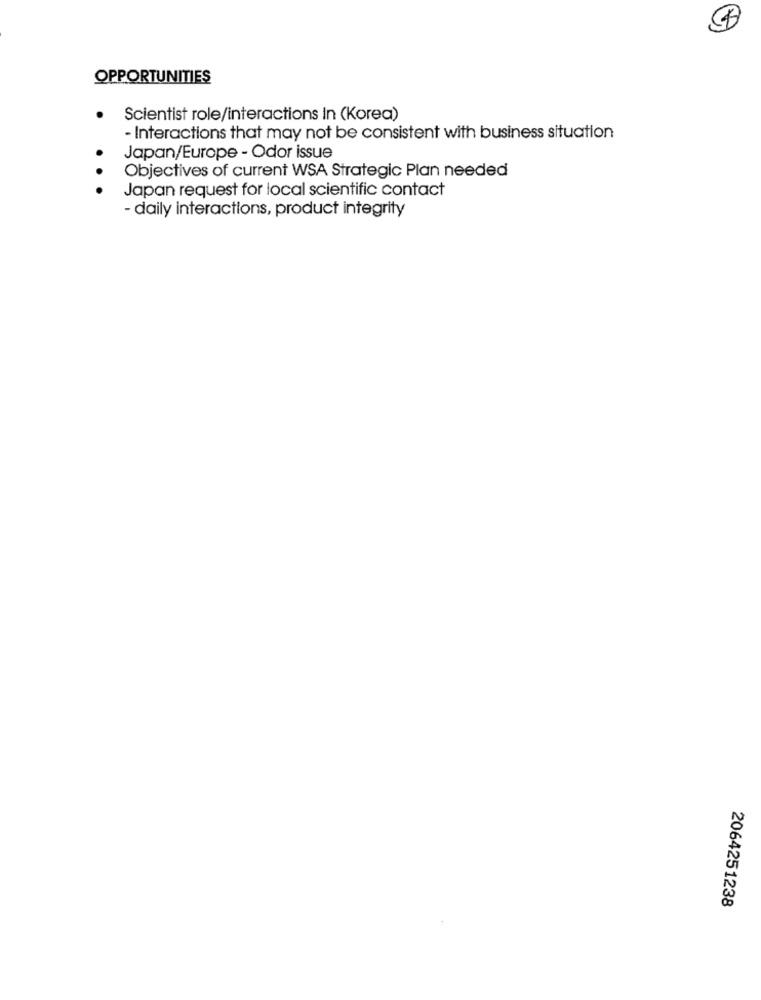
OPPORTUNITIES
Scientist role/interactions In (Korea)
- Interactions that may not be consistent with business situation
Japan/Europe - Odor issue
Objectives of current WSA Strategic Plan needed
Japan request for local scientific contact
- daily interactions, product integrity
2064251238